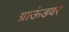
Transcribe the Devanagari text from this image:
ग्राऊंडवर